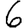
Digit: 6